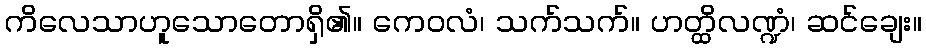
ကိလေသာဟူသောတောရှိ၏။ ကေဝလံ၊ သက်သက်။ ဟတ္ထိလဏ္ဍံ၊ ဆင်ချေး။